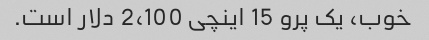
خوب، یک پرو 15 اینچی 2،100 دلار است.